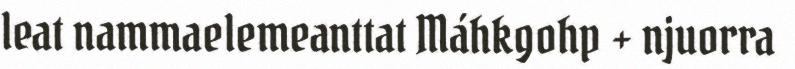
leat nammaelemeanttat Máhkgohp + njuorra